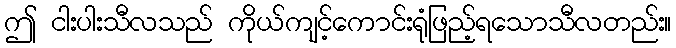
ဤ ငါးပါးသီလသည် ကိုယ်ကျင့်ကောင်းရုံဖြည့်ရသောသီလတည်း။